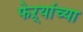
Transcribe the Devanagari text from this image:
फेऱ्यांच्या